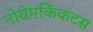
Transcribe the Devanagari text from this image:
नोवेमकिंकटस